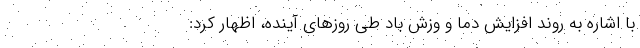
با اشاره به روند افزایش دما و وزش باد طی روزهای آینده، اظهار کرد: